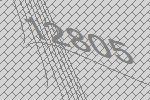
12805